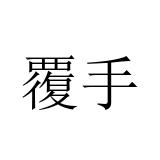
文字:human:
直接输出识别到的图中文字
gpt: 覆手